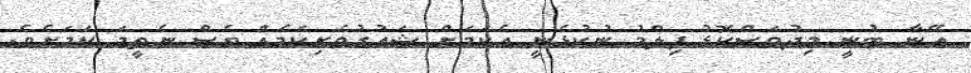
އޭނާ ބުނީ މިދުވަސްކޮޅު ފިލްމު ނުކުޅެނީ އެކަމަށް ޝައުގުވެރިކަމެއް ވެސް ނެތީމަ ކަމަށެވެ.